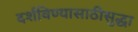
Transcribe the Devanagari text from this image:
दर्शविण्यासाठीसुद्धा